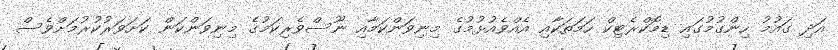
އަދި ގައުމު ހިންގުމުގައި ޑިމޮކްރެޓިކް ހަމަތަކާއި އެއްވެއުޅުމުގެ މިނިވަންކަމާއި ނޫސްވެރިކަމުގެ މިނިވަންކަން ކަށަވަރުކުރުމަށްވެސް